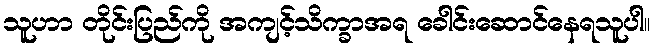
သူဟာ တိုင်းပြည်ကို အကျင့်သိက္ခာအရ ခေါင်းဆောင်နေရသူပါ။